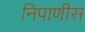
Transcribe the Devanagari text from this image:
निपाणीस